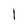
Character: l